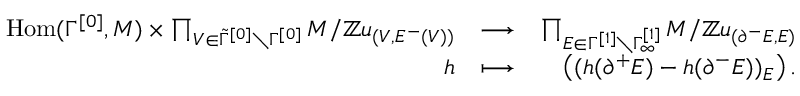
\begin{array} { r l r } { \mathrm { H o m } ( \Gamma ^ { [ 0 ] } , M ) \times \prod _ { V \in \tilde { \Gamma } ^ { [ 0 ] } \setminus \Gamma ^ { [ 0 ] } } M / \mathbb { Z } u _ { ( V , E ^ { - } ( V ) ) } } & { \longrightarrow } & { \prod _ { E \in \Gamma ^ { [ 1 ] } \setminus \Gamma _ { \infty } ^ { [ 1 ] } } M / \mathbb { Z } u _ { ( \partial ^ { - } E , E ) } } \\ { h } & { \longmapsto } & { \big ( ( h ( \partial ^ { + } E ) - h ( \partial ^ { - } E ) ) _ { E } \big ) \, . } \end{array}